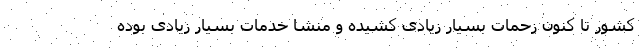
کشور تا کنون زحمات بسیار زیادی کشیده و منشا خدمات بسیار زیادی بوده